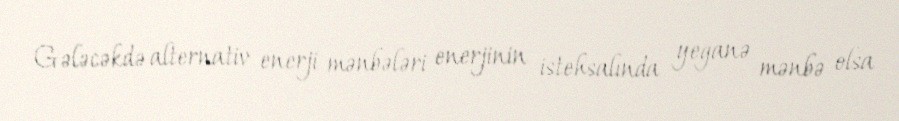
Gələcəkdə alternativ enerji mənbələri enerjinin istehsalında yeganə mənbə olsa